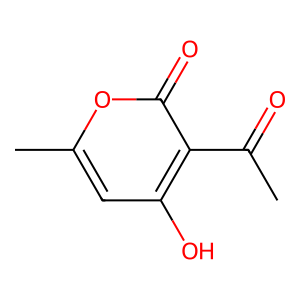
SMILES: CC(=O)c1c(O)cc(C)oc1=O
Inhibits HIV replication: No